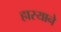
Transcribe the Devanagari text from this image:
हास्याने